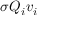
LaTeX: \sigma Q _ { i } v _ { i }